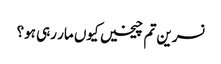
نسرین تم چیخیں کیوں مار رہی ہو؟